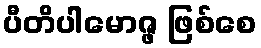
ပီတိပါမောဇ္ဖ ဖြစ်စေ